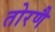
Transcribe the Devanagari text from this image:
तोरणै